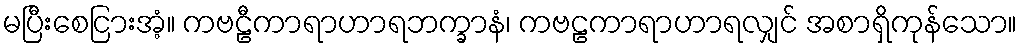
မပြီးစေငြားအံ့။ ကဗဠီကာရာဟာရဘက္ခာနံ၊ ကဗဠကာရာဟာရလျှင် အစာရှိကုန်သော။